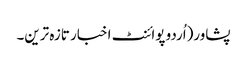
پشاور(اُردو پوائنٹ اخبار تازہ ترین۔